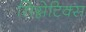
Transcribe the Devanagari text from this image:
सिग्नेटिक्स